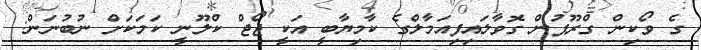
ގެ ވޯކިން ގްރޫޕުން ގޮވާލައިފިއަމާލްގެ ކާމިޔާބީ އަކީ ޖޯޖް ކްލޫނީ ކަމަކަށް ނުބުނަން: